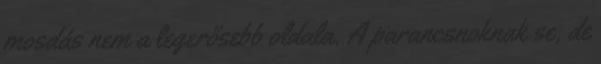
mosdás nem a legerősebb oldala. A parancsnoknak se, de